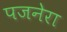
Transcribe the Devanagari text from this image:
पजनेरा